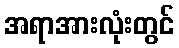
အရာအားလုံးတွင်